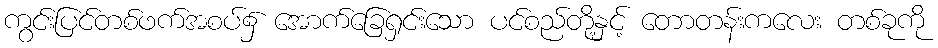
ကွင်းပြင်တစ်ဖက်အစပ်၌ အောက်ခြေရှင်းသော ပင်စည်တို့နှင့် တောတန်းကလေး တစ်ခုကို